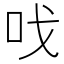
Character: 𠯫